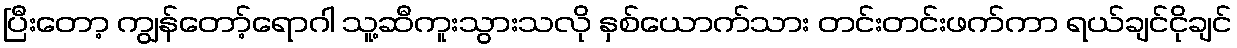
ပြီးတော့ ကျွန်တော့်ရောဂါ သူ့ဆီကူးသွားသလို နှစ်ယောက်သား တင်းတင်းဖက်ကာ ရယ်ချင်ငိုချင်